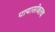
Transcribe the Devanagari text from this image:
पायासोबतच